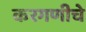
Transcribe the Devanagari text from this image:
करगणीचे